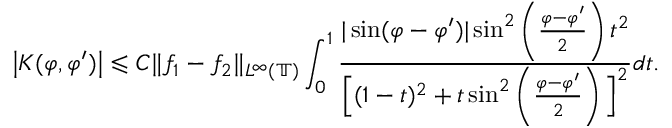
\big | K ( \varphi , \varphi ^ { \prime } ) \big | \leqslant C \| f _ { 1 } - f _ { 2 } \| _ { L ^ { \infty } ( \mathbb { T } ) } \int _ { 0 } ^ { 1 } \frac { | \sin ( \varphi - \varphi ^ { \prime } ) | \sin ^ { 2 } \left( \frac { \varphi - \varphi ^ { \prime } } { 2 } \right) t ^ { 2 } } { \Big [ ( 1 - t ) ^ { 2 } + t \sin ^ { 2 } \left( \frac { \varphi - \varphi ^ { \prime } } { 2 } \right) \Big ] ^ { 2 } } d t .